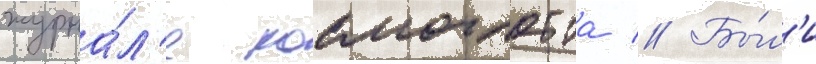
журна́л'е космоглотта // Бы́л'и